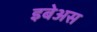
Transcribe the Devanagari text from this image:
इबेअस